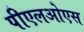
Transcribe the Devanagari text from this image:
पीएलओएस